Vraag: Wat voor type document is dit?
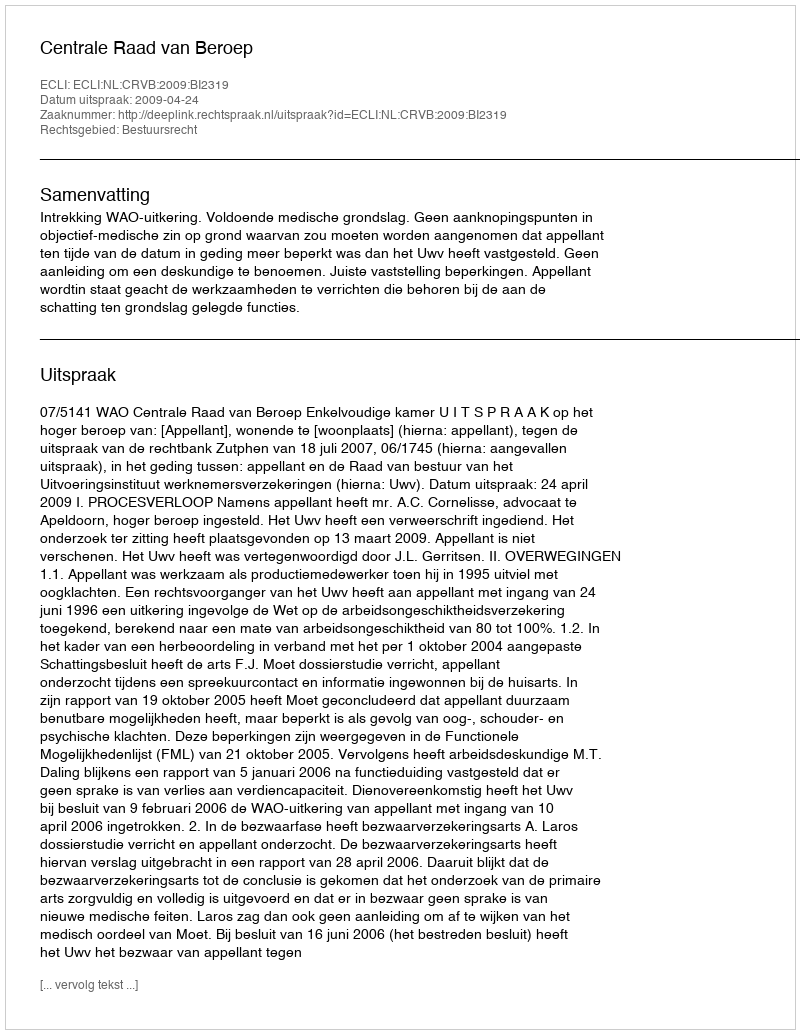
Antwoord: Uitspraak